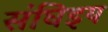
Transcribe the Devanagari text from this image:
संघिइय